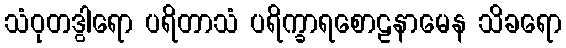
သံဝုတဒွါရော ပရိတာသံ ပရိက္ခာရစောဠနာမေန သိခရော